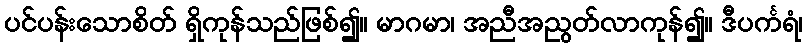
ပင်ပန်းသောစိတ် ရှိကုန်သည်ဖြစ်၍။ မာဂမာ၊ အညီအညွတ်လာကုန်၍။ ဒီပင်္ကရံ၊